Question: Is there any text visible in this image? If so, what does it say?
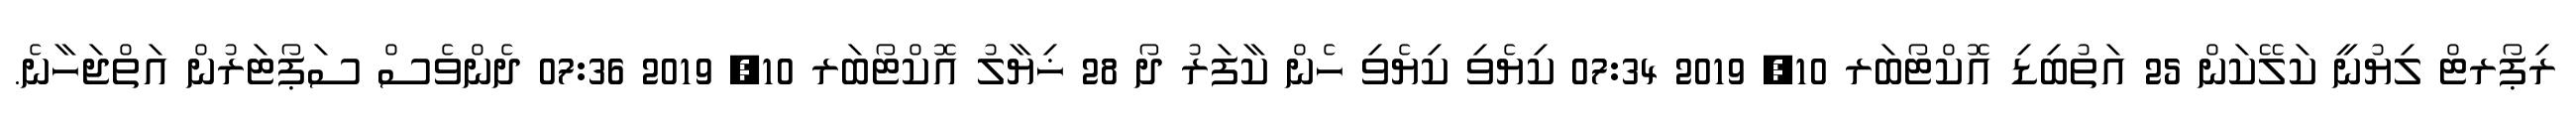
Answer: ރިޕޯރޓް ލިޔުނީ ކަލޭކަން 25 އަތުބިޑި އޮކްޓޯބަރ 10, 2019 07:34 ކިޔެވި ކިޔެވި ހެން ކާފަރު ދޯ 28 ޚިޔާލު އޮކްޓޯބަރ 10, 2019 07:36 ދެންވެސް ސަޕޯޓަރުން އަތްޖަހާނެ.